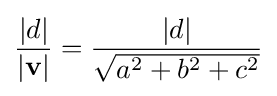
{\frac {|d|}{|\mathbf {v} |}}={\frac {|d|}{\sqrt {a^{2}+b^{2}+c^{2}}}}